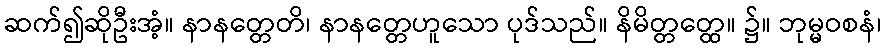
ဆက်၍ဆိုဦးအံ့။ နာနတ္တေတိ၊ နာနတ္တေဟူသော ပုဒ်သည်။ နိမိတ္တတ္ထေ။ ၌။ ဘုမ္မဝစနံ၊